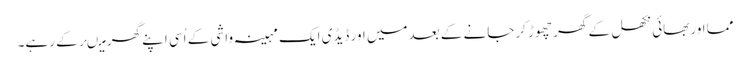
مما اوربھائی نکھل کے گھر چھوڑ کرجانے کے بعدمیں اور ڈیڈی ایک مہینہ واشی کے اُسی اپنے گھر میںرکے رہے۔